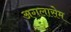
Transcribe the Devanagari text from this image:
अगलासेम